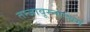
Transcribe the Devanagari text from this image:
तन्‍जावूरनाट्यम